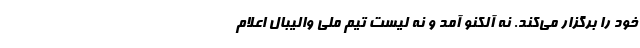
خود را برگزار می‌کند. نه آلکنو آمد و نه لیست تیم ملی والیبال اعلام